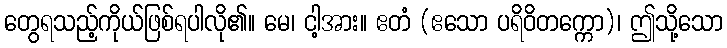
တွေရသည့်ကိုယ်ဖြစ်ရပါလို၏။ မေ၊ ငါ့အား။ ဧတံ (ဧသော ပရိဝိတက္ကော)၊ ဤသို့သော